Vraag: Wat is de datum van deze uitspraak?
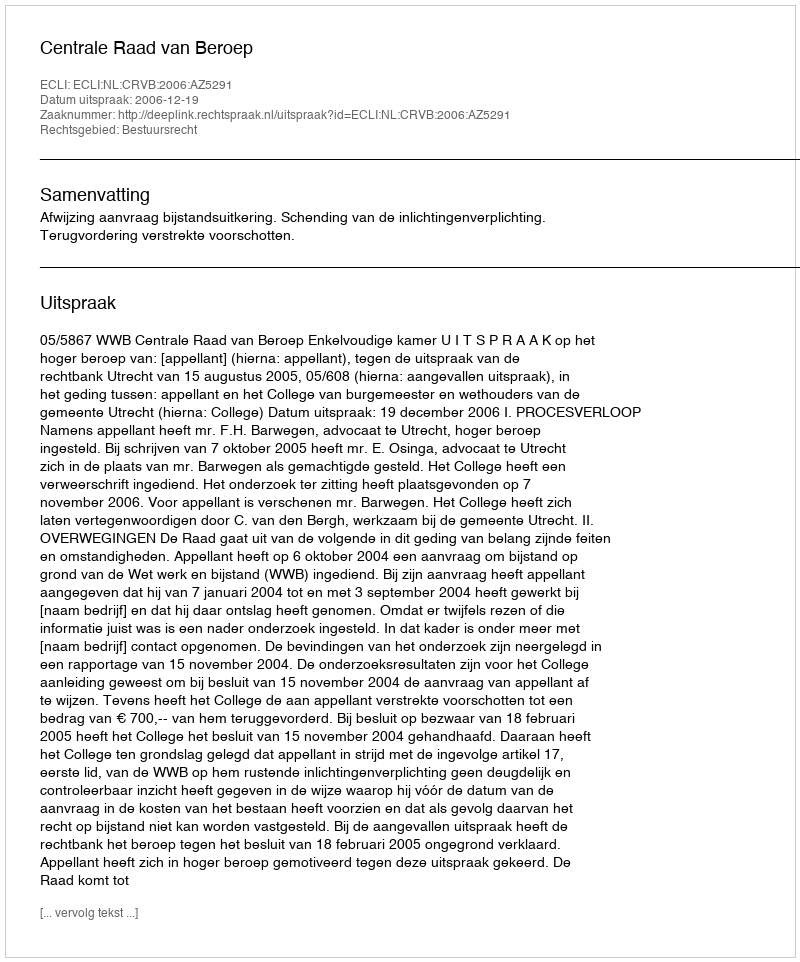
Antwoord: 2006-12-19